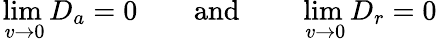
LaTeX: \operatorname*{lim}_{\, v\to 0}D_{a}=0\qquad\mathrm{and}\qquad\operatorname*{lim}_{\, v\to 0}D_{r}=0